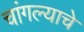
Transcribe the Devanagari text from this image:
चांगल्याचे